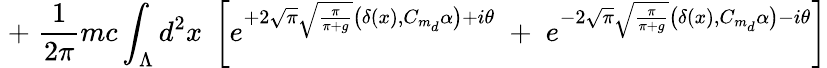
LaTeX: \; +\; \frac{1}{2\pi}mc\int_{\Lambda}d^{2}x\; \left[e^{+2\sqrt{\pi}\sqrt{\frac{\pi}{\pi+g}}\big(\delta(x),C_{m_{d}}\alpha\big)+i\theta}\; +\; e^{-2\sqrt{\pi}\sqrt{\frac{\pi}{\pi+g}}\big(\delta(x),C_{m_{d}}\alpha\big)-i\theta}\right]